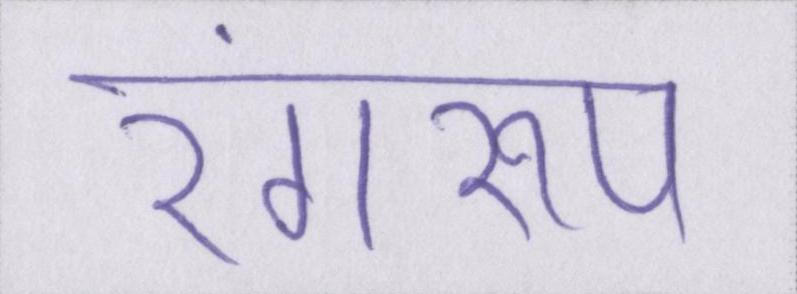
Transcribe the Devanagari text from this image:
रंगरूप